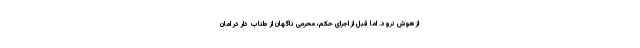
از هوش نرود. اما قبل از اجرای حکم، محرمی ناگهان از طناب دار در امان